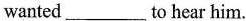
wanted ___ to hear him.